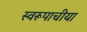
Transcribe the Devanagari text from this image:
स्वरूपाचीया